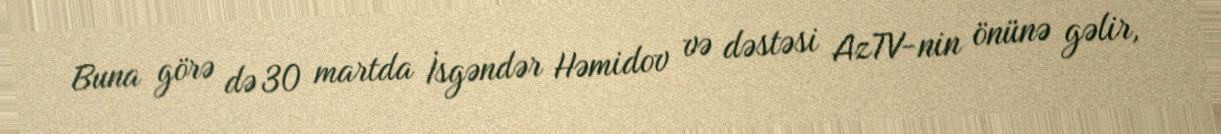
Buna görə də 30 martda İsgəndər Həmidov və dəstəsi AzTV-nin önünə gəlir,